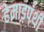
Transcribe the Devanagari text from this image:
हेमाड़पंथी